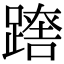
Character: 𨄘